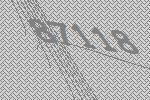
87118